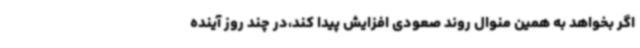
اگر بخواهد به همین منوال روند صعودی افزایش پیدا کند،در چند روز آینده